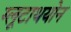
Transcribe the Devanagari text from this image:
ग्लूटाथयोन